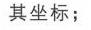
其坐标；